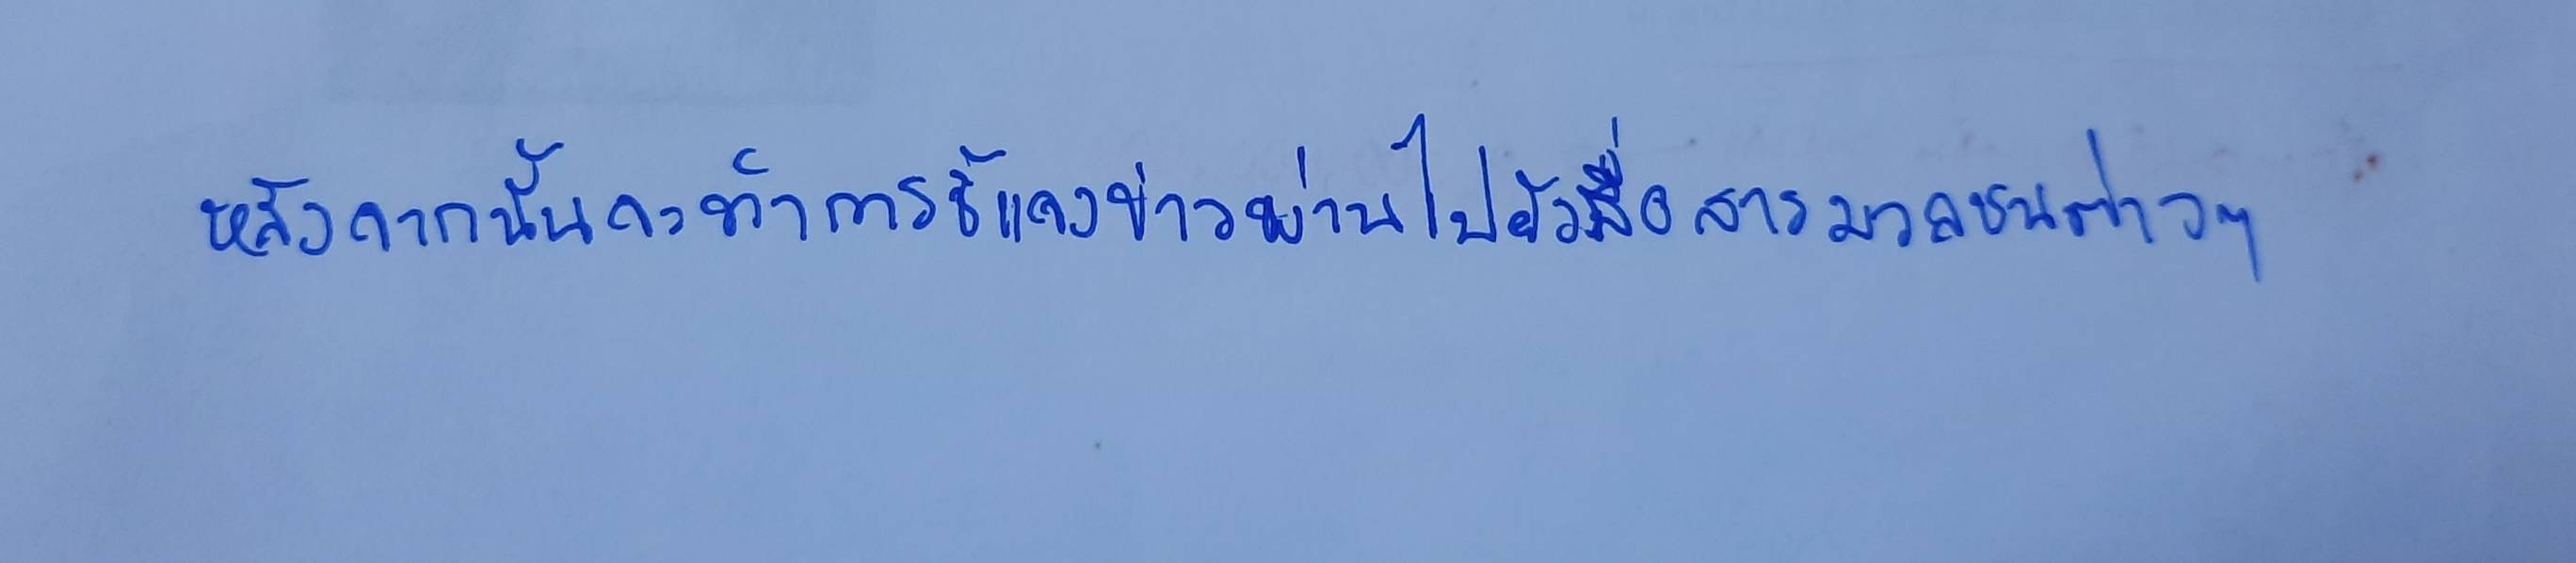
หลังจากนั้นจะทำการชี้แจงข่าวผ่านไปยังสื่อสารมวลชนต่างๆ